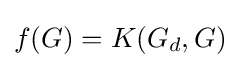
f(G)=K(G_{d},G)